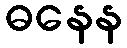
ဓနေန